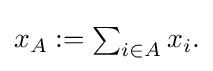
{\textstyle x_{A}:=\sum _{i\in A}x_{i}.}